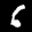
Label: 6